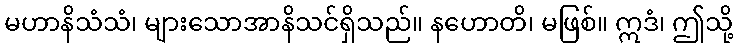
မဟာနိသံသံ၊ များသောအာနိသင်ရှိသည်။ နဟောတိ၊ မဖြစ်။ ဣဒံ၊ ဤသို့